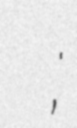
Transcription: דנה דנילנקו;